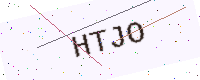
Text: HTJO